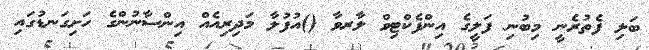
ބަލި ފެތުރެނީ މިބުނި ފަލީގެ އިންފެކްޓިވް ލާރވާ ()އުފުލާ މަދިރިއެއް އިންސާނުންގެ ހަށިގަނޑުގައި